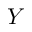
Y